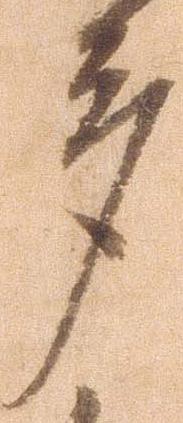
多